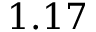
1 . 1 7